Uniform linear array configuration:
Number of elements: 64
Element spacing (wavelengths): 0.25
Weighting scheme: hann
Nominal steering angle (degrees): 15
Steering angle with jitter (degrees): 16.328
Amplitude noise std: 0.05
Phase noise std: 0.05

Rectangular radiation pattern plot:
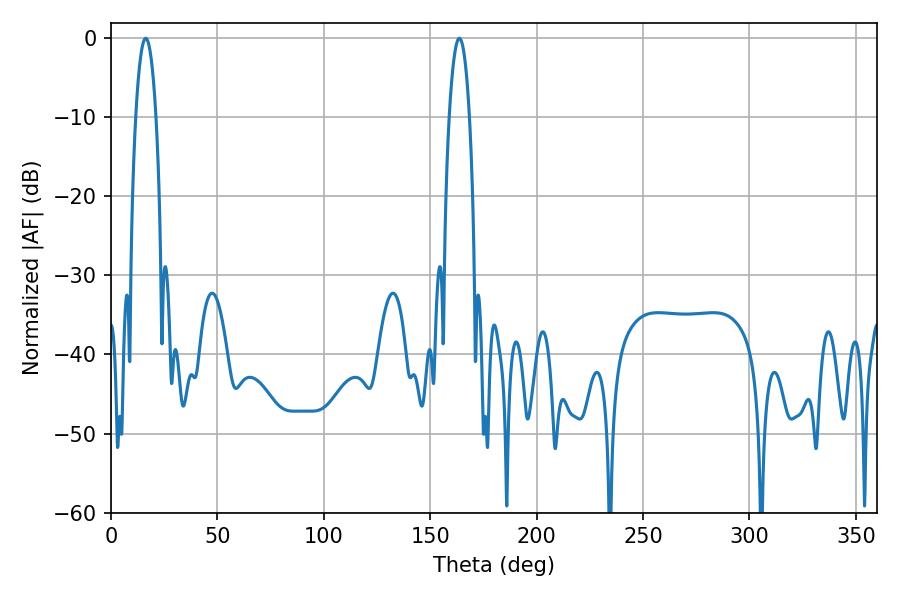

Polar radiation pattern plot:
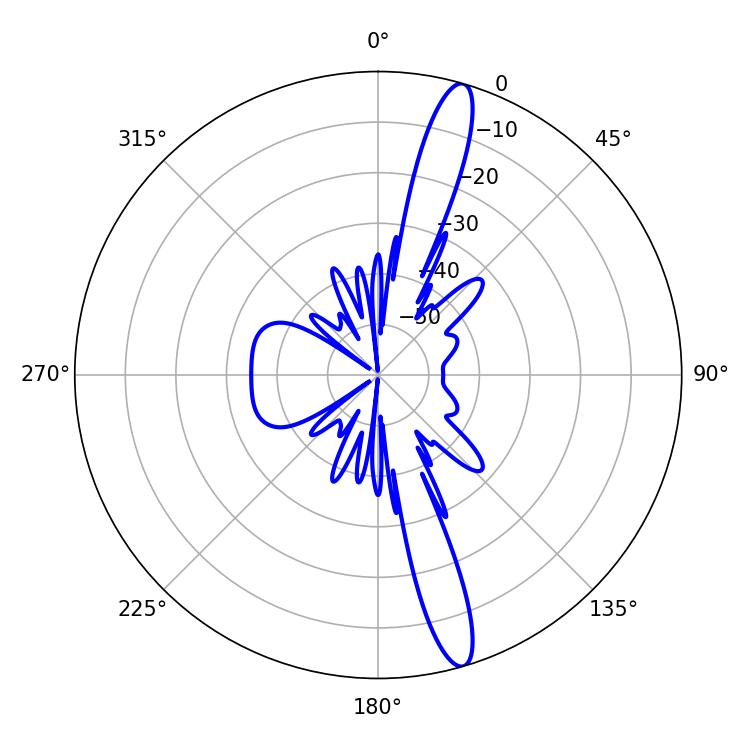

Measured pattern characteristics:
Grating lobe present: FALSE
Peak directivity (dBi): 15.553
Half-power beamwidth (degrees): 5.22
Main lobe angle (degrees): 16.38